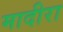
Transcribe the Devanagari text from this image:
मादीरा